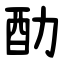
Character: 䣦